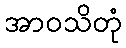
အာဝသိတုံ